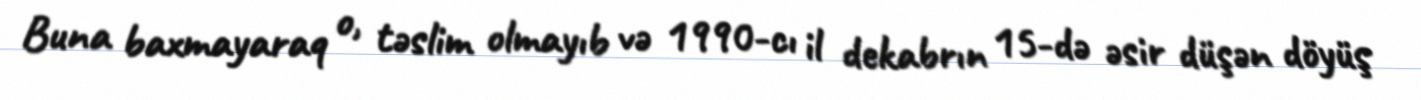
Buna baxmayaraq o, təslim olmayıb və 1990-cı il dekabrın 15-də əsir düşən döyüş